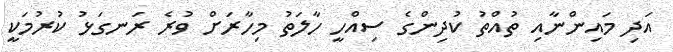
އަދި މައިންނާއި ތުއްތު ކުދިންގެ ސިއްހީ ހާލަތު މިހާރަށް ވުރެ ރަނގަޅު ކުރުމަކީ